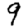
Digit: 9